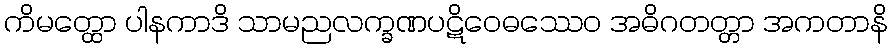
ကိမတ္ထော ပါနကာဒိ သာမညလက္ခဏပဋိဝေဓဿေဝ အဓိဂတတ္တာ အကတာနိ